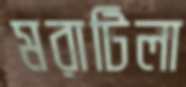
মরাটিলা